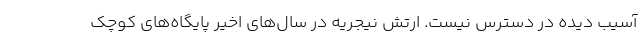
آسیب دیده در دسترس نیست. ارتش نیجریه در سال‌های اخیر پایگاه‌های کوچک